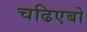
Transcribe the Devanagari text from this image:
चढिएबो